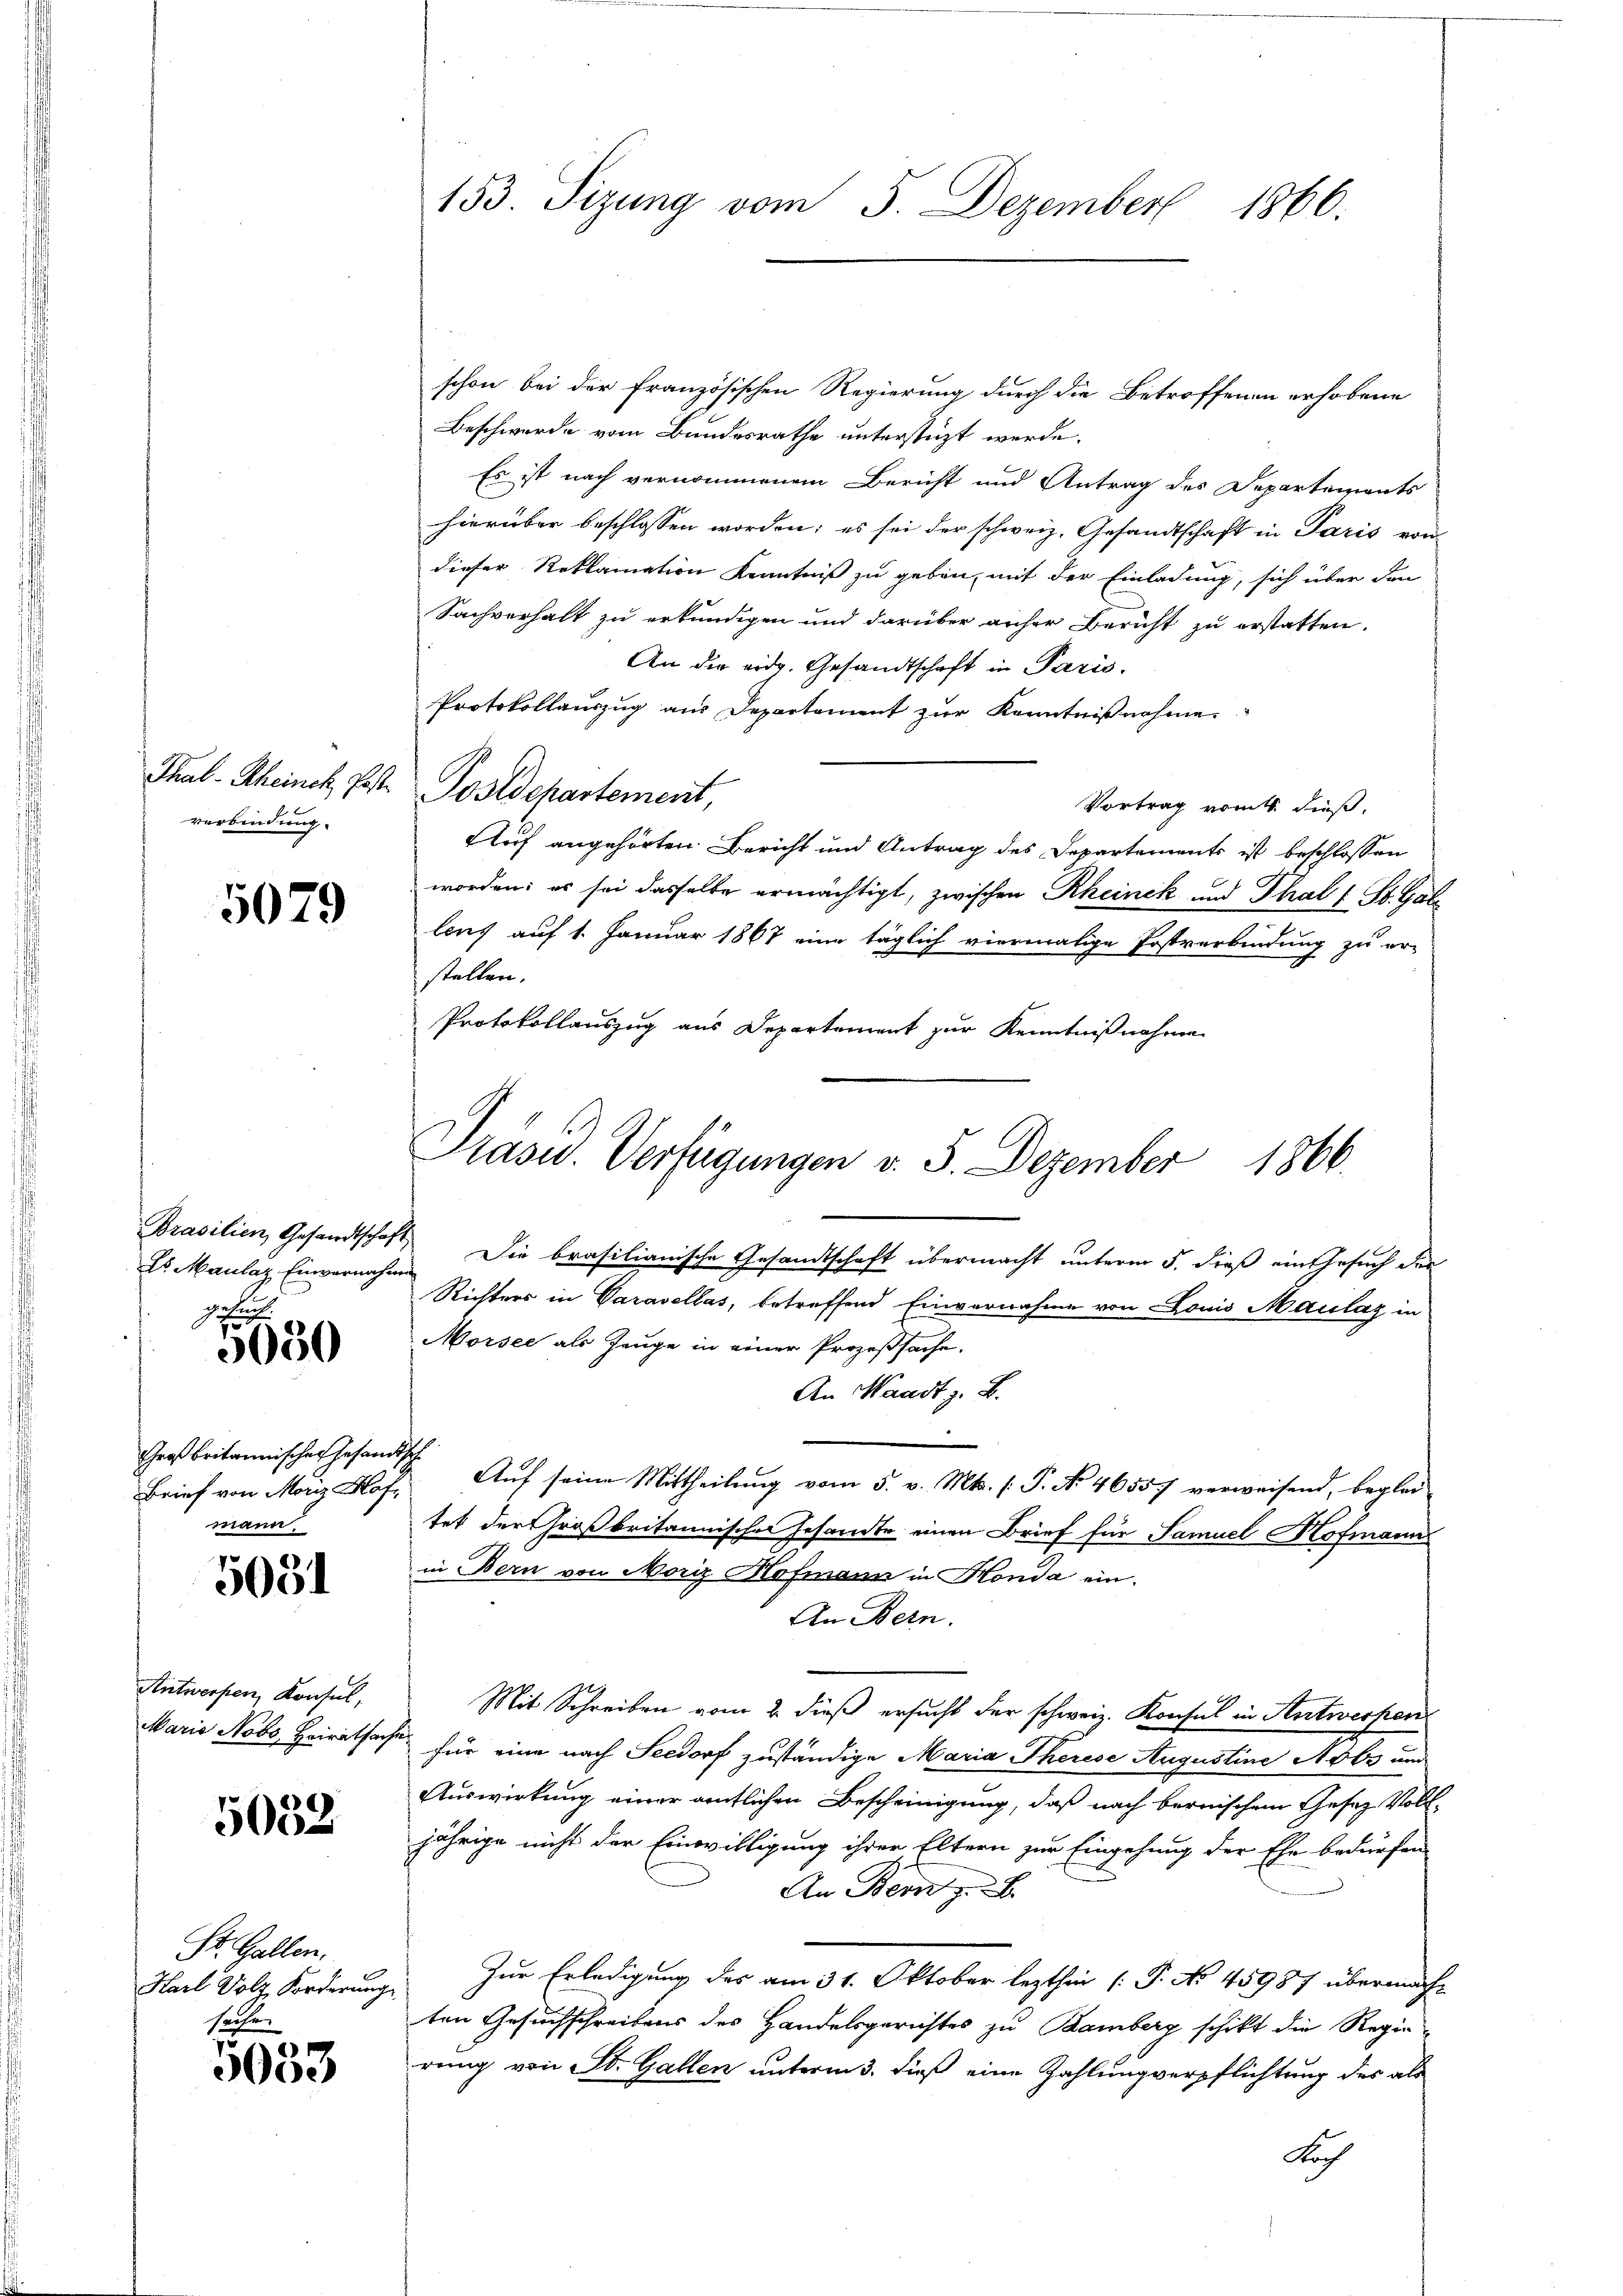
Thal-Rheinch Past
verbindung.

5079

Prasilien, Gesandtschaft
gesuch.

3050

Großbritannischer Gesand
Brief von Moriz Hof
mann.

5031

Antwerfen, Konsul,
Marie Nobo, Heirathar

5032

St. Gallen.
Karl Volz, Forderung
sache.

5033

153. Sizung vom 5. Dezember 1866.

schon bei der Französischen Regierung durch die Betroffenen erhobene
Beschwerde vom Bundesrathe unterstüzt werde.
Es ist nach vernommenem Bericht und Antrag des Departements
hierüber beschlossen worden; es sei der schweiz. Gesandtschaft in Paris von
dieser Reklamation Kenntniß zu geben, mit der Einladung, sich über den
Sachverhalt zu erkundigen und darüber anher Bericht zu erstatten.
An die eidg. Gesandtschaft in Paris.
Protokollauszug aus Departament zŭr Kenntnißnahme
Postdepartement,
Vortrag vom 1. dieß,
Auf angehörten Bericht und Antrag des Departements ist beschlossen
worden: es sei dasselbe ermächtigt, zwischen Rheinek und Thal 1 St. Gal
leus auf 1. Januar 1867 eine täglich viermalige Postverbindung zu er-
stellen.
Protokollauszug aus Departement zur Kenntnißnahmen
Es Maulaz Einvernahm. Die brasilianische Gesandtschaft übermacht unterm 5. dieß ein Gesuch der
Richters in Varasellas, betreffend Einvernahme von Louis Maulay in
Morsee als Zeuge in einer Prozeßsache.
An Waadt z. B.
 Auf seine Mittheilung vom 5. v. Mts. (: P. No. 46557 verweisend, beglei
tet der Großbritannischer Gesandte einen Brief für Samuel Hofmanns
in Bern von Moriz Hofmann in Honda ein-
An Bern.
Mit Schreiben vom 2. dieß ersucht der schweiz. Konsul in Antwerpen
.
für eine nach Seedorf zuständige Maria Therese Augustine Nobs und
Auswirkung einer amtlichen Bescheinigung, daß nach bernischem Gesez Volljährige nicht der Einwilligung ihrer Eltern zur Eingehung der Ehe bedürfen
An Bern z. B.
Zur Erledigung des am 31. Oktober lezthin (: P. No 45987 übermachten Gesuchschreibens des Handelsgerichtes zu Bamberg schikt die Regierung von St. Gallen unterm 3. dieß eine Zahlung verpflichtung des als
Noch

Präsid. Verfügungen v. 5. Dezember 1866.